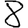
Digit: 8